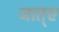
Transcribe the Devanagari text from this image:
जात्ए